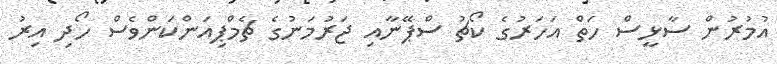
އުމުރުން ސާޅީސް ހަތް އަހަރުގެ ކޯޗު ސްޕޭނާއި ޖަރުމަނުގެ ޗެމްޕިއަންކަންވެސް ހޯދި އިރު